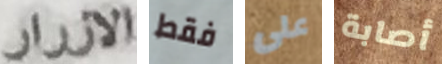
الازرار فقط على أصابة